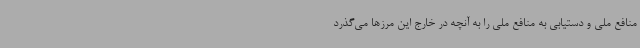
منافع ملی و دستیابی به منافع ملی را به آنچه در خارج این مرزها می‌گذرد